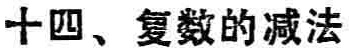
十四、复数的减法